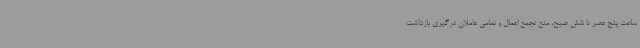
ساعت پنج عصر تا شش صبح، منع تجمع اعمال و تمامی عاملان درگیری بازداشت